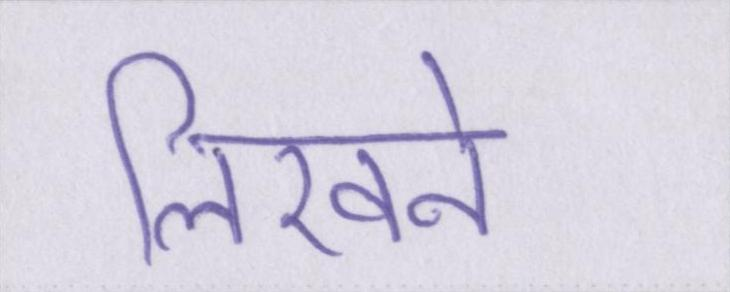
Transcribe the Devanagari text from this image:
लिखने